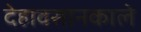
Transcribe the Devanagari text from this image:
देहावसानकाले